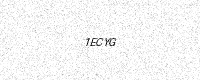
Text: 1ECYG